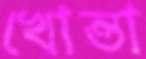
খোন্তা